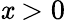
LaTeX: \mathit{x}>0